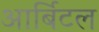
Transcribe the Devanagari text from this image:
आर्बिटल